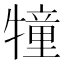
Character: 犝